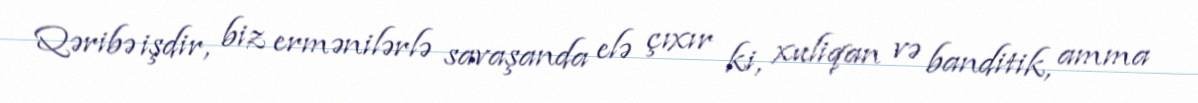
Qəribə işdir, biz ermənilərlə savaşanda elə çıxır ki, xuliqan və banditik, amma